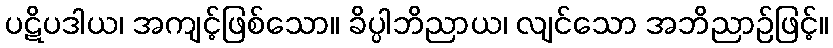
ပဋိပဒါယ၊ အကျင့်ဖြစ်သော။ ခိပ္ပါဘိညာယ၊ လျင်သော အဘိညာဉ်ဖြင့်။